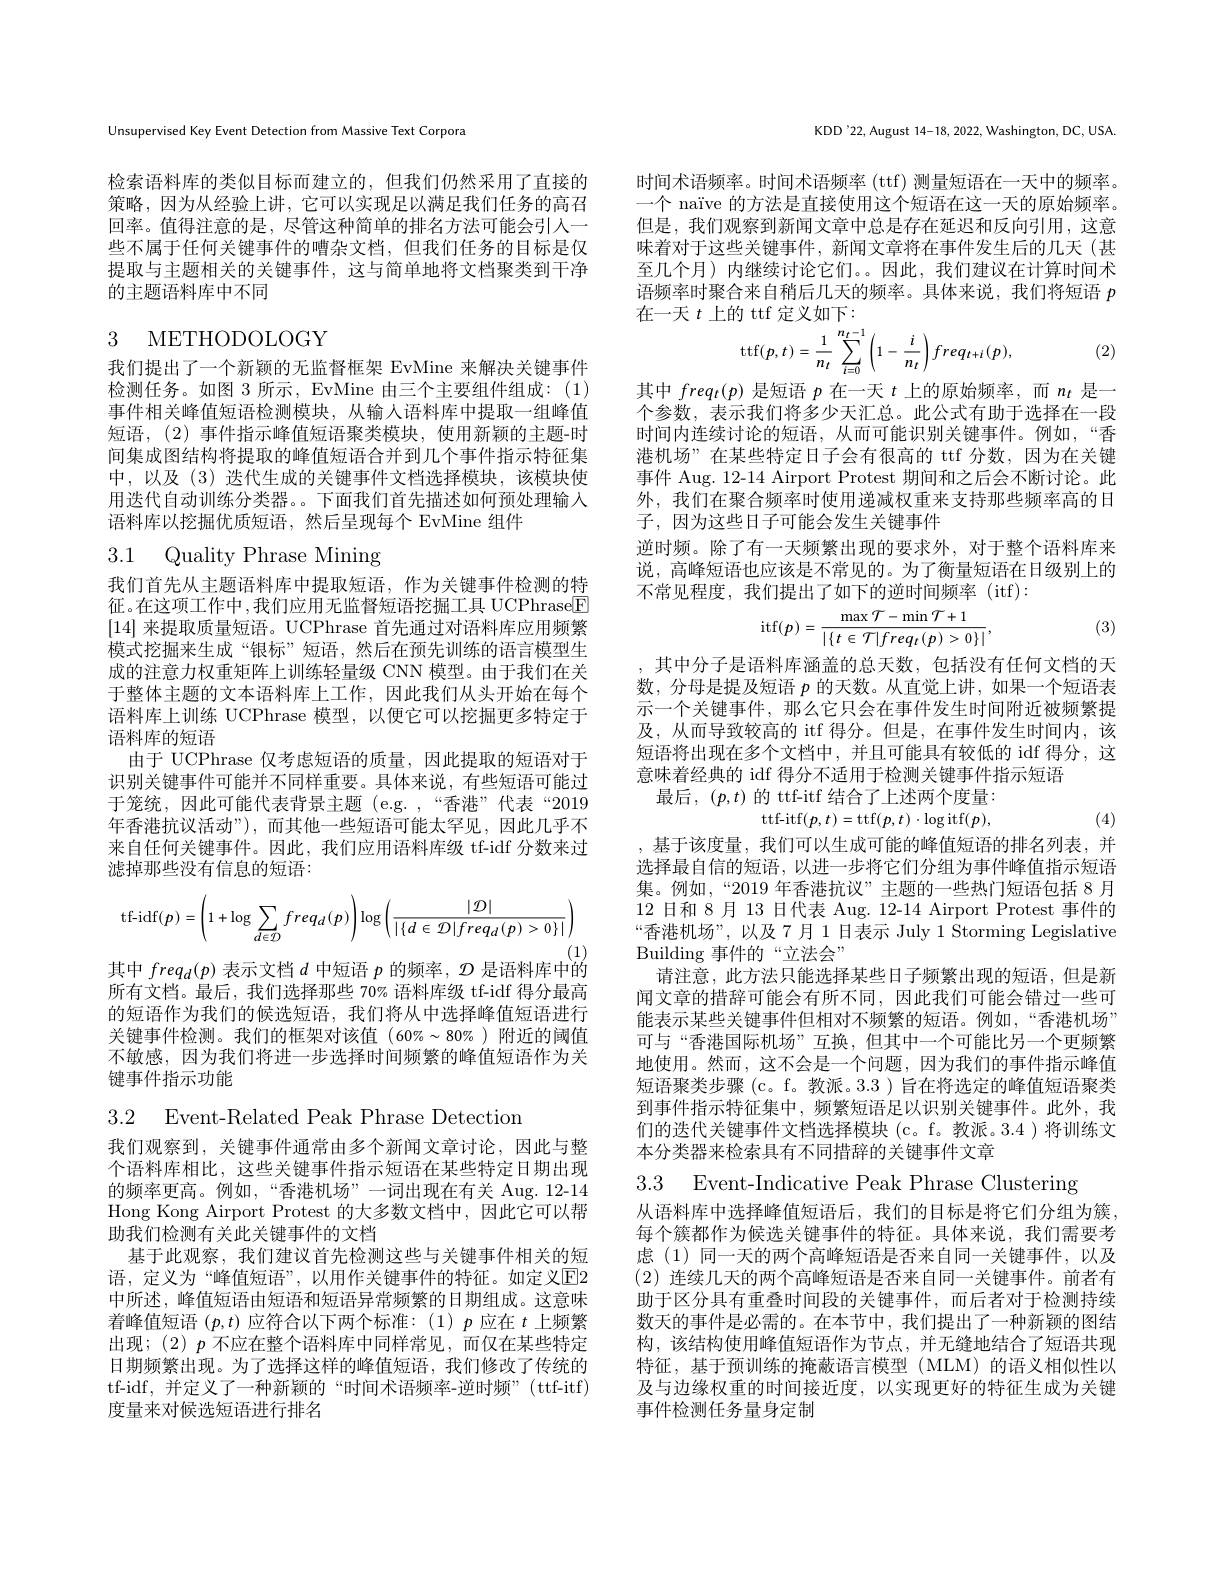
Unsupervised Key Event Detection from Massive Text Corpora

检索语料库的类似目标而建立的，但我们仍然采用了直接的策略，因为从经验上讲，它可以实现足以满足我们任务的高召回率。值得注意的是 , 尽管这种简单的排名方法可能会引人一些不属于任何关键事件的嘈杂文档，但我们任务的目标是仅提取与主题相关的关键事件，这与简单地将文档聚类到干净的主题语料库中不同

# 3 METHODOLOGY

我们提出了一个新颖的无监督框架 EvMine 来解决关键事件检测任务。如图 3 所示，EvMine 由三个主要组件组成：(1) 事件相关峰值短语检测模块，从输人语料库中提取一组峰值短语，(2)事件指示峰值短语聚类模块，使用新颖的主题-时间集成图结构将提取的峰值短语合并到几个事件指示特征集中，以及(3) 迭代生成的关键事件文档选择模块，该模块使用迭代自动训练分类器。。下面我们首先描述如何预处理输入语料库以挖掘优质短语，然后呈现每个 EvMine 组件

3.1 Quality Phrase Mining

我们首先从主题语料库中提取短语，作为关键事件检测的特征。在这项工作中，我们应用无监督短语挖掘工具 UCPhrase$\boxed{\mathrm{F}}$ [14]来提取质量短语。UCPhrase 首先通过对语料库应用频繁模式挖掘来生成“银标”短语，然后在预先训练的语言模型生成的注意力权重矩阵上训练轻量级 CNN 模型。由于我们在关于整体主题的文本语料库上工作，因此我们从头开始在每个语料库上训练 UCPhrase 模型，以便它可以挖掘更多特定于语料库的短语
由于 UCPhrase 仅考虑短语的质量，因此提取的短语对于识别关键事件可能并不同样重要。具体来说，有些短语可能过于笼统，因此可能代表背景主题(e.g.,“香港”代表“2019年香港抗议活动”),而其他一些短语可能太罕见，因此几乎不来自任何关键事件。因此，我们应用语料库级 tf-idf 分数来过滤掉那些没有信息的短语：
$$\mathrm{tf-idf}(p)=\left(1+\log\sum\limits_{d\in\mathcal{D}}freq_{d}(p)\right)\log\left(\frac{|\mathcal{D}|}{|\{d\in\mathcal{D}|freq_{d}(p)>0\}|}\right)$$
(1)

其中$freq_d(p)$表示文档$d$中短语$p$的频率，$\mathcal{D}$是语料库中的

所有文档。最后，我们选择那些 70% 语料库级 tf-idf 得分最高的短语作为我们的候选短语，我们将从中选择峰值短语进行关键事件检测。我们的框架对该值$(60\%\sim80\%)$附近的阈值不敏感，因为我们将进一步选择时间频繁的峰值短语作为关键事件指示功能

3.2 Event-Related Peak Phrase Detection

我们观察到，关键事件通常由多个新闻文章讨论，因此与整个语料库相比，这些关键事件指示短语在某些特定日期出现的频率更高。例如，“香港机场”一词出现在有关 Aug. 12-14 Hong Kong Airport Protest 的大多数文档中，因此它可以帮助我们检测有关此关键事件的文档
基于此观察，我们建议首先检测这些与关键事件相关的短语，定义为“峰值短语”,以用作关键事件的特征。如定义$\overline{\mathrm{E}}2$ 中所述，峰值短语由短语和短语异常频繁的日期组成。这意味着峰值短语$(p,t)$应符合以下两个标准：(1)$p$应在$t$上频繁出现；(2)$p$不应在整个语料库中同样常见，而仅在某些特定日期频繁出现。为了选择这样的峰值短语，我们修改了传统的tf-idf,并定义了一种新颖的“时间术语频率-逆时频”(ttf-itf) 度量来对候选短语进行排名

KDD'22, August 14-18, 2022, Washington, DC, USA

时间术语频率。时间术语频率 (ttf) 测量短语在一天中的频率。一个 naïve 的方法是直接使用这个短语在这一天的原始频率。但是，我们观察到新闻文章中总是存在延迟和反向引用，这意味着对于这些关键事件，新闻文章将在事件发生后的几天(甚至几个月)内继续讨论它们。。因此，我们建议在计算时间术语频率时聚合来自稍后几天的频率。具体来说，我们将短语$p$ 在一天$t$上的 ttf 定义如下：
$$\operatorname{ttf}(p,t)=\frac{1}{n_{t}}\sum_{i=0}^{n_{t}-1}\left(1-\frac{i}{n_{t}}\right)freq_{t+i}(p),$$
(2)

其中$freq_t(p)$是短语$p$在一天$t$上的原始频率，而$n_t$是一个参数，表示我们将多少天汇总。此公式有助于选择在一段时间内连续讨论的短语，从而可能识别关键事件。例如，“香港机场”在某些特定日子会有很高的 ttf 分数，因为在关键事件 Aug. 12-14 Airport Protest 期间和之后会不断讨论。此外，我们在聚合频率时使用递减权重来支持那些频率高的日子，因为这些日子可能会发生关键事件
逆时频。除了有一天频繁出现的要求外，对于整个语料库来说，高峰短语也应该是不常见的。为了衡量短语在日级别上的不常见程度，我们提出了如下的逆时间频率(itf):
$$\mathrm{itf}(p)=\frac{\max\mathcal{T}-\min\mathcal{T}+1}{|\{t\in\mathcal{T}|freq_{t}(p)>0\}|},$$
(3)

, 其中分子是语料库涵盖的总天数，包括没有任何文档的天数，分母是提及短语$p$的天数。从直觉上讲，如果一个短语表示一个关键事件，那么它只会在事件发生时间附近被频繁提及，从而导致较高的 itf 得分。但是，在事件发生时间内，该短语将出现在多个文档中，并且可能具有较低的 idf 得分，这意味着经典的 idf 得分不适用于检测关键事件指示短语
最后，$(p,t)$的 ttf-itf 结合了上述两个度量：

ttf-itf$(p,t)=$ttf$(p,t)\cdot$log itf$(p)$,

(4)

,基于该度量，我们可以生成可能的峰值短语的排名列表，并选择最自信的短语，以进一步将它们分组为事件峰值指示短语集。例如，“2019 年香港抗议”主题的一些热门短语包括 8 月12日和 8月 13 日代表 Aug. 12-14 Airport Protest 事件的“香港机场”,以及7月1日表示 July 1 Storming Legislative Building 事件的“立法会”
请注意，此方法只能选择某些日子频繁出现的短语，但是新闻文章的措辞可能会有所不同，因此我们可能会错过一些可能表示某些关键事件但相对不频繁的短语。例如，“香港机场” 可与“香港国际机场”互换，但其中一个可能比另一个更频繁地使用。然而，这不会是一个问题，因为我们的事件指示峰值短语聚类步骤(c。f。教派。3.3 )旨在将选定的峰值短语聚类到事件指示特征集中，频繁短语足以识别关键事件。此外，我们的迭代关键事件文档选择模块(c。f。教派。3.4 )将训练文本分类器来检索具有不同措辞的关键事件文章

3.3 Event-Indicative Peak Phrase Clustering
从语料库中选择峰值短语后，我们的目标是将它们分组为簇， 每个簇都作为候选关键事件的特征。具体来说，我们需要考虑(1)同一天的两个高峰短语是否来自同一关键事件，以及(2)连续几天的两个高峰短语是否来自同一关键事件。前者有助于区分具有重叠时间段的关键事件，而后者对于检测持续数天的事件是必需的。在本节中，我们提出了一种新颖的图结构，该结构使用峰值短语作为节点，并无缝地结合了短语共现特征，基于预训练的掩蔽语言模型(MLM)的语义相似性以及与边缘权重的时间接近度，以实现更好的特征生成为关键事件检测任务量身定制